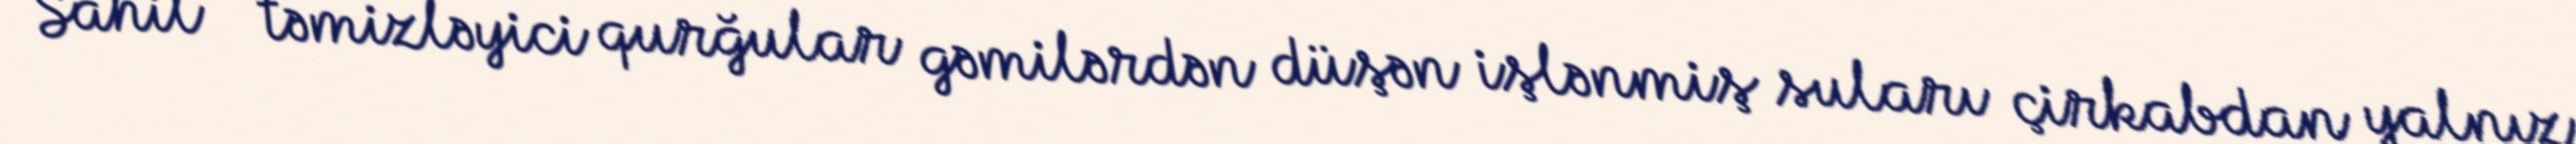
Sahil – təmizləyici qurğular gəmilərdən düşən işlənmiş suları çirkabdan yalnız